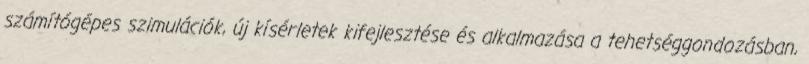
számítógépes szimulációk, új kísérletek kifejlesztése és alkalmazása a tehetséggondozásban,